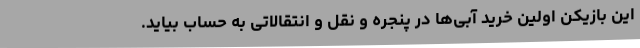
این بازیکن اولین خرید آبی‌ها در پنجره و نقل و انتقالاتی به حساب بیاید.